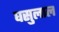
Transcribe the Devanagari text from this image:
घसुलाल